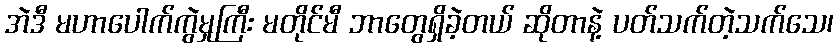
အဲဒီ မဟာပေါက်ကွဲမှုကြီး မတိုင်မီ ဘာတွေရှိခဲ့တယ် ဆိုတာနဲ့ ပတ်သက်တဲ့သက်သေ၊